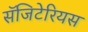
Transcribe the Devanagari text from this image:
सॅजिटेरियस